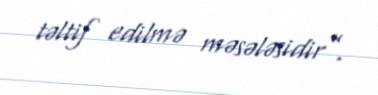
təltif edilmə məsələsidir”.